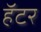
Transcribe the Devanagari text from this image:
हॅटर